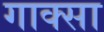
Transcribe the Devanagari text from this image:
गाक्सा